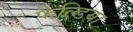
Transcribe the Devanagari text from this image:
फैल्डिया